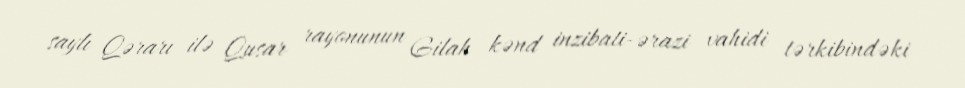
saylı Qərarı ilə Qusar rayonunun Gilah kənd inzibati-ərazi vahidi tərkibindəki